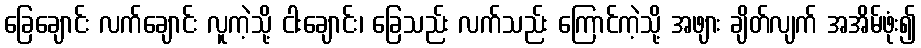
ခြေချောင်း လက်ချောင်း လူကဲ့သို့ ငါးချောင်း၊ ခြေသည်း လက်သည်း ကြောင်ကဲ့သို့ အဖျား ချိတ်လျက် အအိမ်ဖုံး၍